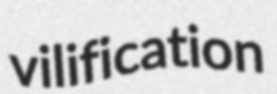
vilification